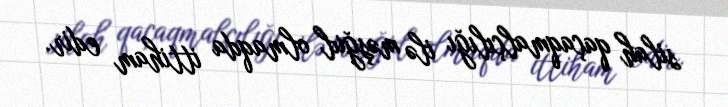
silah qaçaqmalçılığı ilə məşğul olmaqda ittiham edir.